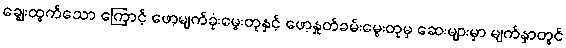
ချွေးထွက်သော ကြောင့် ဖော့မျက်ခုံးမွေးတုနှင့် ဖော့နှုတ်ခမ်းမွေးတုမှ ဆေးများမှာ မျက်နှာတွင်